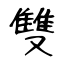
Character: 雙